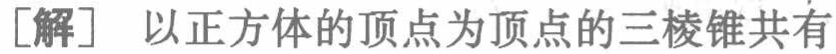
[解] 以正方体的顶点为顶点的三棱锥共有